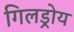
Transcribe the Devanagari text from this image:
गिलड्रोय